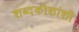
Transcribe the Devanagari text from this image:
शब्दकोशांशी